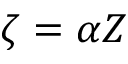
\zeta = \alpha Z